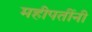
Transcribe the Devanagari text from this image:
महीपतींनी